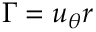
\Gamma = u _ { \theta } r